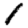
Digit: 1